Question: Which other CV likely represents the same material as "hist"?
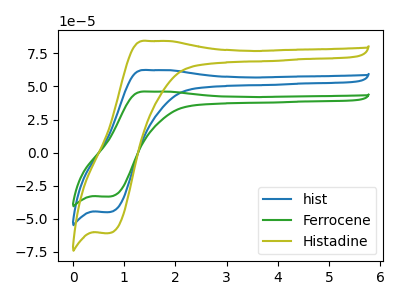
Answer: <think>The blue curve "hist" has an anodic peak at (1.50V, 62.30uA) and a cathodic peak at (0.70V, -44.95uA). The green curve "Ferrocene" has an anodic peak at (1.50V, 46.05uA) and a cathodic peak at (0.70V, -33.25uA). The olive curve "Histadine" has an anodic peak at (1.50V, 124.65uA) and a cathodic peak at (0.70V, -89.90uA).
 All the peaks in "hist" have a peak in "Ferrocene" at the same potential. Every peak in "hist" is higher than every peak in "Ferrocene". All the peaks in "hist" have a peak in "Histadine" at the same potential. Every peak in "hist" is lower than every peak in "Histadine". All the peaks in "Ferrocene" have a peak in "Histadine" at the same potential. Every peak in "Ferrocene" is lower than every peak in "Histadine".</think>
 <answer>"hist" and "Histadine" have a similar shape to "Ferrocene".</answer>
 <eval>"hist" "Histadine"</eval>